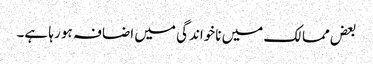
بعض ممالک میں ناخواندگی میں اضافہ ہو رہا ہے۔